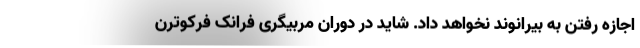
اجازه رفتن به بیرانوند نخواهد داد. شاید در دوران مربیگری فرانک فرکوترن